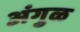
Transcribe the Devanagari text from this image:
अंगुळ